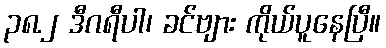
၃၈.၂ ဒီဂရီပါ၊ ခင်ဗျား ကိုယ်ပူနေပြီ။